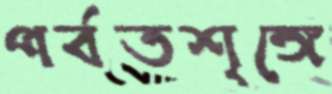
পর্বতশৃঙ্গে